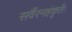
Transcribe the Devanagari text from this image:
सर्वैरनहंकृतैः